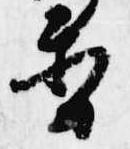
香